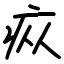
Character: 疭